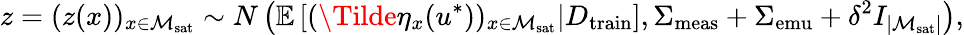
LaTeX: z=(z(x))_{x\in\mathcal{M}_{\mathrm{sat}}}\sim N\left(\mathbb{E}\left[(\Tilde{\eta}_{x}(u^{*}))_{x\in\mathcal{M}_{\mathrm{sat}}}\vert D_{\mathrm{train}}\right],\Sigma_{\mathrm{meas}}+\Sigma_{\mathrm{emu}}+\delta^{2}I_{\lvert\mathcal{M}_{\mathrm{sat}}\rvert}\right),